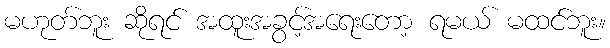
မဟုတ်ဘူး ဆိုရင် အထူးအခွင့်အရေးတော့ ရမယ် မထင်ဘူး။